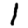
Digit: 1